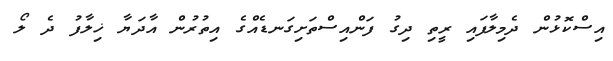
އިސްކޮޅުން ދެމިލާފައި ރީތި ދިގު ފަންއިސްތަށިގަނޑެއްގެ އިތުރުން އާދަޔާ ޚިލާފު ދެ ލޯ